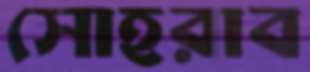
সোহরাব